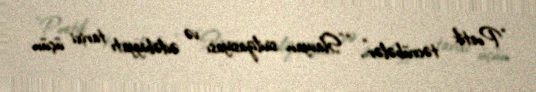
“Poetik təcrübələr”, “”Slavyan sivilizasiyası və ədəbiyyatı tarixi üçün